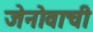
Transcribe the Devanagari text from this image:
जेनोवाची